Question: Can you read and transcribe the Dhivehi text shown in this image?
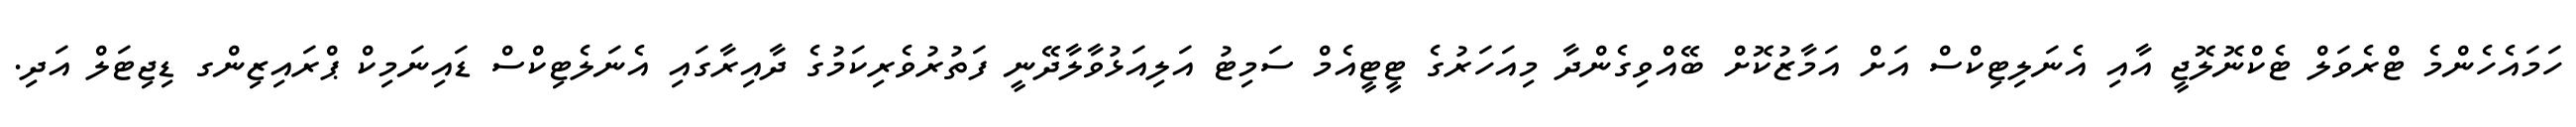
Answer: ހަމައެހެންމެ ޓްރެވަލް ޓެކްނޮލޮޖީ އާއި އެނަލިޓިކްސް އަށް އަމާޒުކޮށް ބޭއްވިގެންދާ މިއަހަރުގެ ޓީޓީއެމް ސަމިޓު އަލިއަޅުވާލާދޭނީ ފަތުރުވެރިކަމުގެ ދާއިރާގައި އެނަލެޓިކްސް ޑައިނަމިކް ޕްރައިޒިންގ ޑިޖިޓަލް އަދި.